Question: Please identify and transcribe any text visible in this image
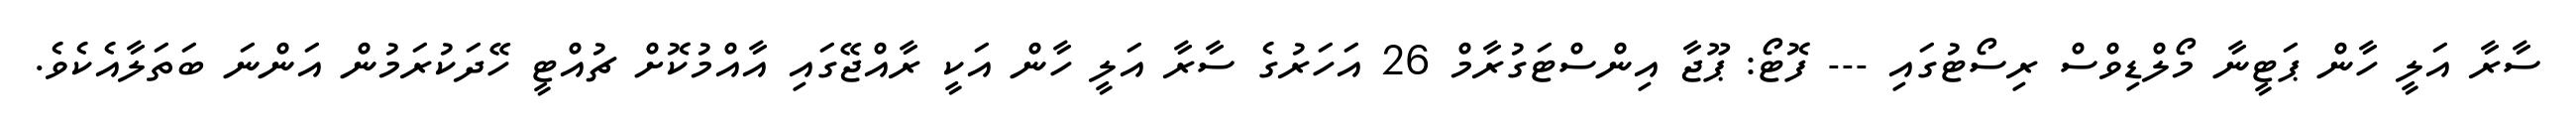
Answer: ސާރާ އަލީ ހާން ޕަޓީނާ މޯލްޑިވްސް ރިސޯޓުގައި --- ފޮޓޯ: ޕޫޖާ އިންސްޓަގުރާމް 26 އަހަރުގެ ސާރާ އަލީ ހާން އަކީ ރާއްޖޭގައި އާއްމުކޮށް ޗުއްޓީ ހޭދަކުރަމުން އަންނަ ބަތަލާއެކެވެ.